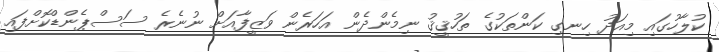
ކުލާހުގައި މިއަދު ހިނގި ކަންތަކުގެ ތަހުޤީޤު ނިމެންދެން އަހަރެން ވަޒީފާއަށް ނުނެރެ ސަސްޕެންޑްކޮށްފައި